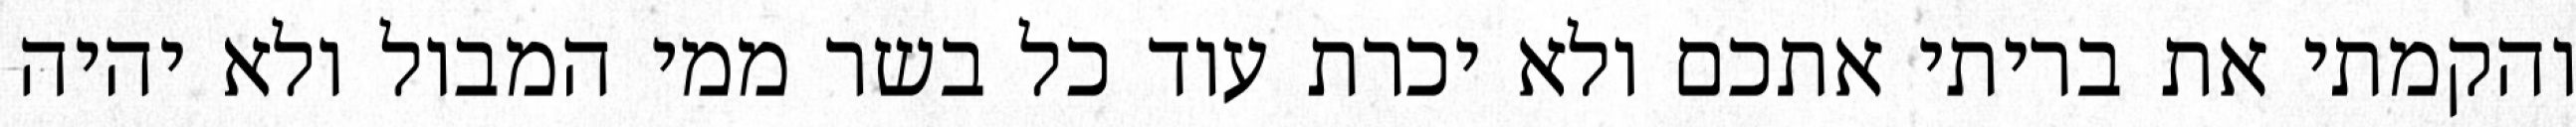
והקמתי את בריתי אתכם ולא יכרת עוד כל בשר ממי המבול ולא יהיה